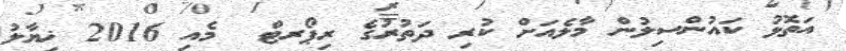
އަތޮޅު ކައުންސިލުން މާލެއަށް ކުރި ދަތުރުގެ ރިޕޯރޓް  މެއި 2016 ޚިޔާލު